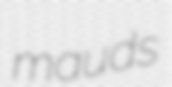
mauds